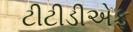
ટીટીડીએફ